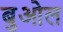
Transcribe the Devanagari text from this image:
बुओल